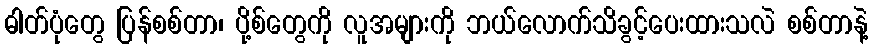
ဓါတ်ပုံတွေ ပြန်စစ်တာ၊ ပို့စ်တွေကို လူအများကို ဘယ်လောက်သိခွင့်ပေးထားသလဲ စစ်တာနဲ့